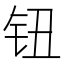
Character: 钮